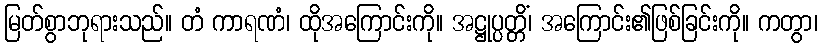
မြတ်စွာဘုရားသည်။ တံ ကာရဏံ၊ ထိုအကြောင်းကို။ အဋ္ဌုပ္ပတ္တိံ၊ အကြောင်း၏ဖြစ်ခြင်းကို။ ကတွာ၊